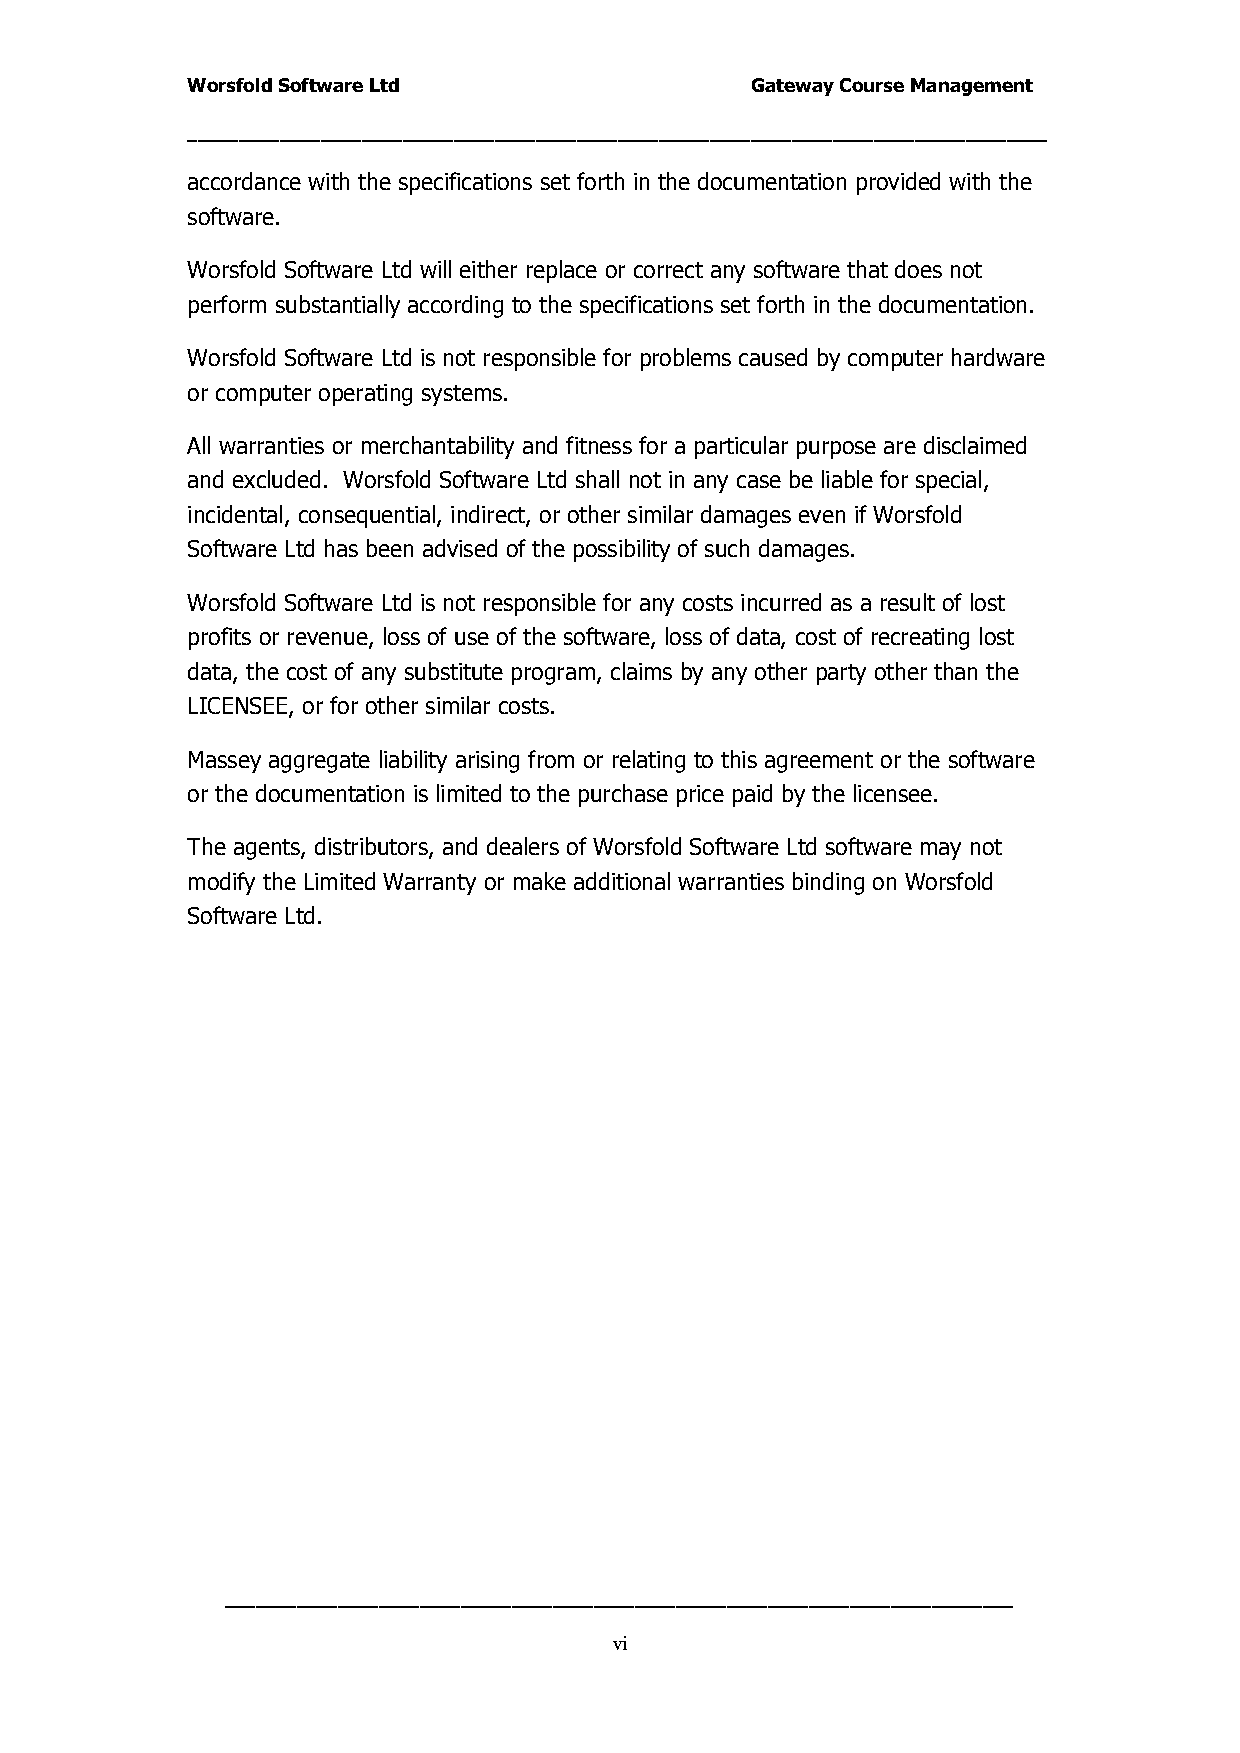
Worsfold Software Ltd                 Gateway Course Management
 ____________________________________________________________________________________
 accordance with the specifications set forth in the documentation provided with the
 software.
 Worsfold Software Ltd will either replace or correct any software that does not
 perform substantially according to the specifications set forth in the documentation.
 Worsfold Software Ltd is not responsible for problems caused by computer hardware
 or computer operating systems.
 All warranties or merchantability and fitness for a particular purpose are disclaimed
 and excluded. Worsfold Software Ltd shall not in any case be liable for special,
 incidental, consequential, indirect, or other similar damages even if Worsfold
 Software Ltd has been advised of the possibility of such damages.
 Worsfold Software Ltd is not responsible for any costs incurred as a result of lost
 profits or revenue, loss of use of the software, loss of data, cost of recreating lost
 data, the cost of any substitute program, claims by any other party other than the
 LICENSEE, or for other similar costs.
 Massey aggregate liability arising from or relating to this agreement or the software
 or the documentation is limited to the purchase price paid by the licensee.
 The agents, distributors, and dealers of Worsfold Software Ltd software may not
 modify the Limited Warranty or make additional warranties binding on Worsfold
 Software Ltd.
 _____________________________________________________________________________
 vi